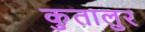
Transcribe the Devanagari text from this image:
कुतालुर